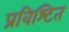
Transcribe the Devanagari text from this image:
प्रविश्टित